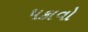
પકાવો